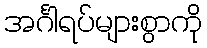
အင်္ဂါရပ်များစွာကို